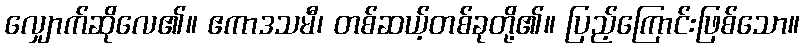
လျှောက်ဆိုလေ၏။ ဧကာဒသမီ၊ တစ်ဆယ့်တစ်ခုတို့၏။ ပြည့်ကြောင်းဖြစ်သော။